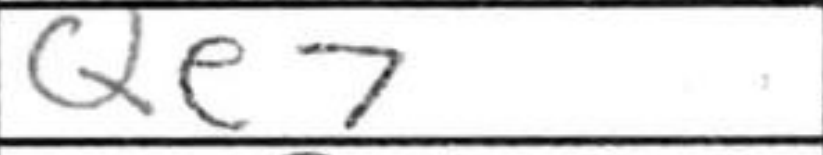
Transcription: Qe7